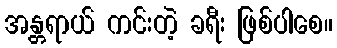
အန္တရာယ် ကင်းတဲ့ ခရီး ဖြစ်ပါစေ။